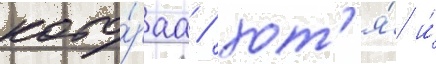
кото́раа / хот'я́ и́